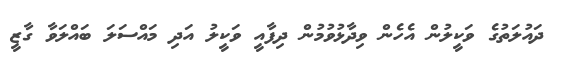
ދައުލަތުގެ ވަކީލުން އެހެން ވިދާޅުވުމުން ދިފާއީ ވަކީލު އަދި މައްސަލަ ބައްލަވާ ގާޒީ